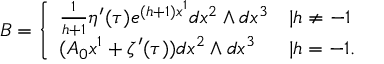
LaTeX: B = \left\{ \begin{array} { l l } { { \frac { 1 } { h + 1 } \eta ^ { \prime } ( \tau ) e ^ { ( h + 1 ) x ^ { 1 } } d x ^ { 2 } \wedge d x ^ { 3 } } } & { { | h \neq - 1 } } \\ { { ( A _ { 0 } x ^ { 1 } + \zeta ^ { \prime } ( \tau ) ) d x ^ { 2 } \wedge d x ^ { 3 } } } & { { | h = - 1 . } } \end{array} \right.